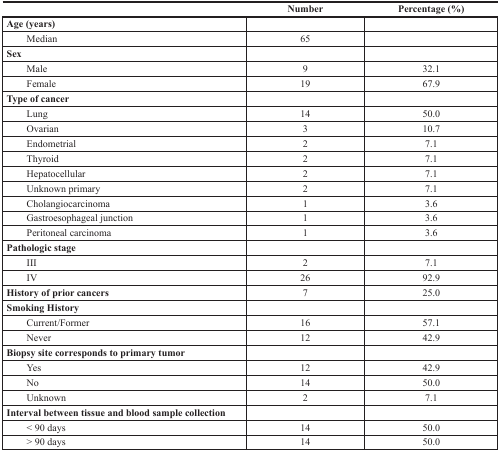
|  | Number | Percentage (%) |
 | --- | --- | --- |
 | Age (years) |  |  |
 | Median | 65 |  |
 | Sex |  |  |
 | Male | 9 | 32.1 |
 | Female | 19 | 67.9 |
 | Type of cancer |  |  |
 | Lung | 14 | 50.0 |
 | Ovarian | 3 | 10.7 |
 | Endometrial | 2 | 7.1 |
 | Thyroid | 2 | 7.1 |
 | Hepatocellular | 2 | 7.1 |
 | Unknown primary | 2 | 7.1 |
 | Cholangiocarcinoma | 1 | 3.6 |
 | Gastroesophageal junction | 1 | 3.6 |
 | Peritoneal carcinoma | 1 | 3.6 |
 | Pathologic stage |  |  |
 | III | 2 | 7.1 |
 | IV | 26 | 92.9 |
 | History of prior cancers | 7 | 25.0 |
 | Smoking History |  |  |
 | Current/Former | 16 | 57.1 |
 | Never | 12 | 42.9 |
 | Biopsy site corresponds to primary tumor |  |  |
 | Yes | 12 | 42.9 |
 | No | 14 | 50.0 |
 | Unknown | 2 | 7.1 |
 | Interval between tissue and blood sample collection |  |  |
 | < 90 days | 14 | 50.0 |
 | > 90 days | 14 | 50.0 |